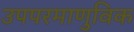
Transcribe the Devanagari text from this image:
उपपरमाणुविक